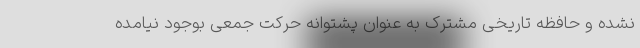
نشده و حافظه تاریخی مشترک به عنوان پشتوانه حرکت جمعی بوجود نیامده